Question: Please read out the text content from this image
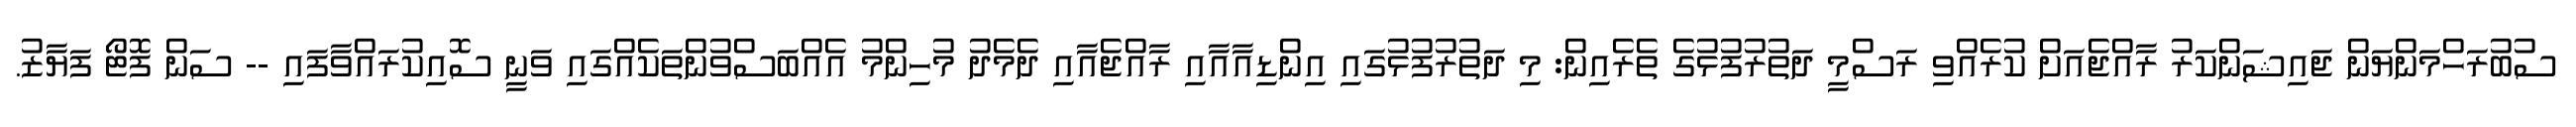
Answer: ސުބުރަހްމަންޔަން ޖައިޝަންކަރު ރާއްޖެއަށް ކުރެއްވި ރަސްމީ ދަތުރުފުޅުގެ ތެރެއިން: މި ދަތުރުފުޅުގައި އިންޑިއާއާއި ރާއްޖެއާއި ދެމެދު މުހިންމު އެއްބަސްވުންތަކެއްގައި ވަނީ ސޮއިކުރައްވާފައި -- ސަން ފޮޓޯ ފަޔާޒު.